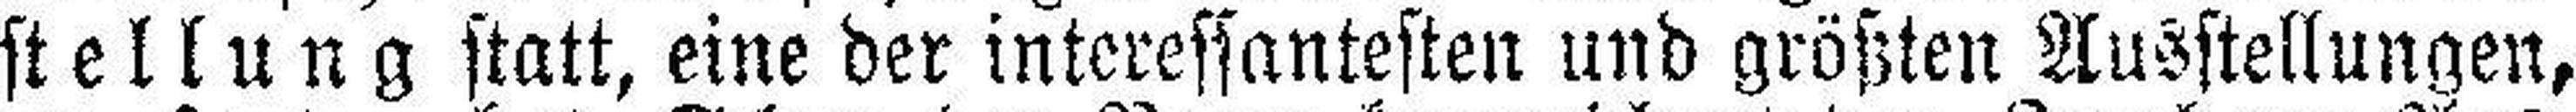
stellung statt, eine der interessantesten und größten Ausstellungen,